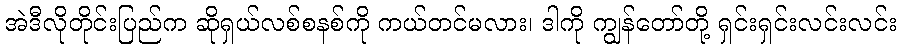
အဲဒီလိုတိုင်းပြည်က ဆိုရှယ်လစ်စနစ်ကို ကယ်တင်မလား၊ ဒါကို ကျွန်တော်တို့ ရှင်းရှင်းလင်းလင်း